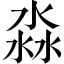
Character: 淼